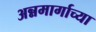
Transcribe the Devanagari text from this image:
अन्नमार्गाच्या